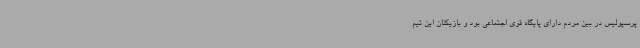
پرسپولیس در بین مردم دارای پایگاه قوی اجتماعی بود و بازیکنان این تیم